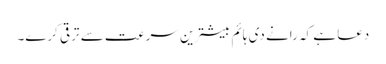
دعا ہے کہ رانے دی ہائم بیشترین سرعت سے ترقی کرے۔